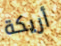
أريكة